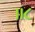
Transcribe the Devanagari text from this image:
॥८